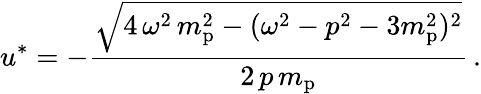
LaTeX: u^{*}=-{\frac{\sqrt{4\, \omega^{2}\, m_{\mathrm{p}}^{2}-(\omega^{2}-p^{2}-3m_{\mathrm{p}}^{2})^{2}}}{2\, p\, m_{\mathrm{p}}}}\, .